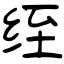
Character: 绖